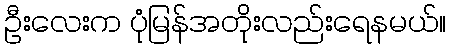
ဦးလေးက ပုံမြန်အတိုးလည်းရေနမယ်။